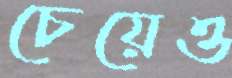
চেয়েও